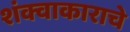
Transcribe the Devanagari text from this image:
शंक्वाकाराचे